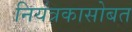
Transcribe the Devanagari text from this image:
नियंत्रकासोबत